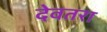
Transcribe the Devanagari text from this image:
देवतरा